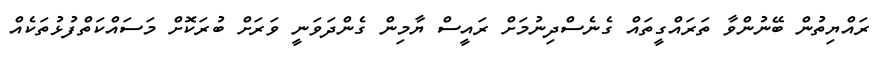
ރައްޔިތުން ބޭނުންވާ ތަރައްގީތައް ގެނެސްދިނުމަށް ރައީސް ޔާމިން ގެންދަވަނީ ވަރަށް ބުރަކޮށް މަސައްކަތްފުޅުތަކެއް